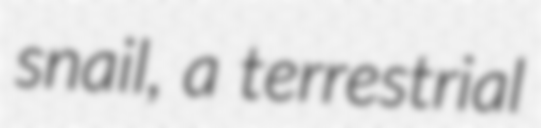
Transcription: snail, a terrestrial